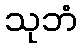
သုဘံ